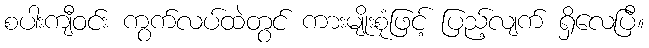
စပါးကျီဝင်း ကွက်လပ်ထဲတွင် ကားမျိုးစုံဖြင့် ပြည့်လျက် ရှိလေပြီ။